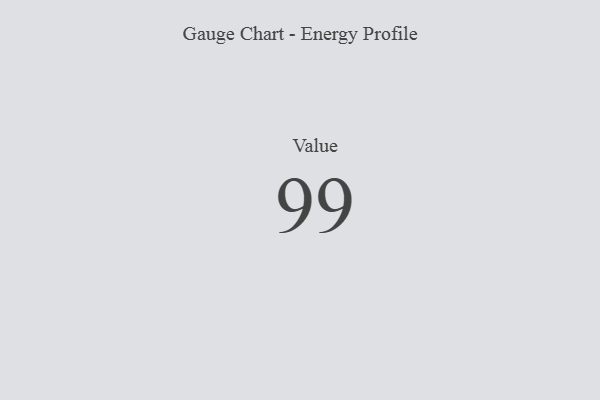
{"axis": {"x": "Metric", "y": "Value"}, "legend": [""], "data": [{"x": "Value", "y": 99, "type": ""}]}